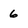
Character: 6